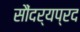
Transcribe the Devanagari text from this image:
सौंदर्यप्रद